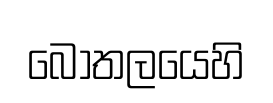
බෝතලයෙහි